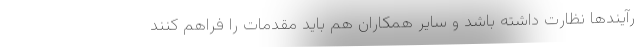
رآیندها نظارت داشته باشد و سایر همکاران هم باید مقدمات را فراهم کنند